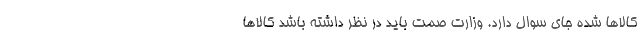
کالاها شده جای سوال دارد. وزارت صمت باید در نظر داشته باشد کالاها